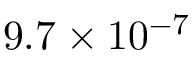
9 . 7 \times 1 0 ^ { - 7 }